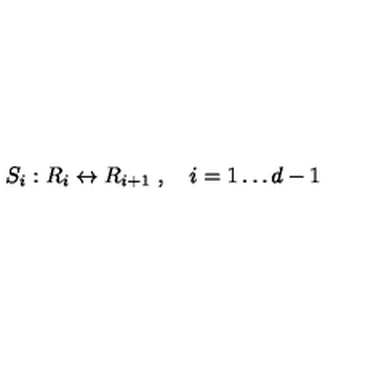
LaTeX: S _ { i } : R _ { i } \leftrightarrow R _ { i + 1 } \ , \quad i = 1 \dots d - 1